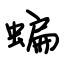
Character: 蝙